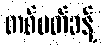
တစ်ပတ်ခန့်